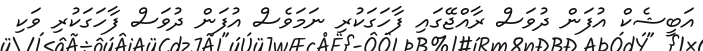
އަބީޝެކް އުފަން ދުވަސް ރާއްޖޭގައި ފާހަގަކުރި ނަމަވެސް އުފަން ދުވަސް ފާހަގަކުރި ވަކި